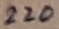
Text: 220